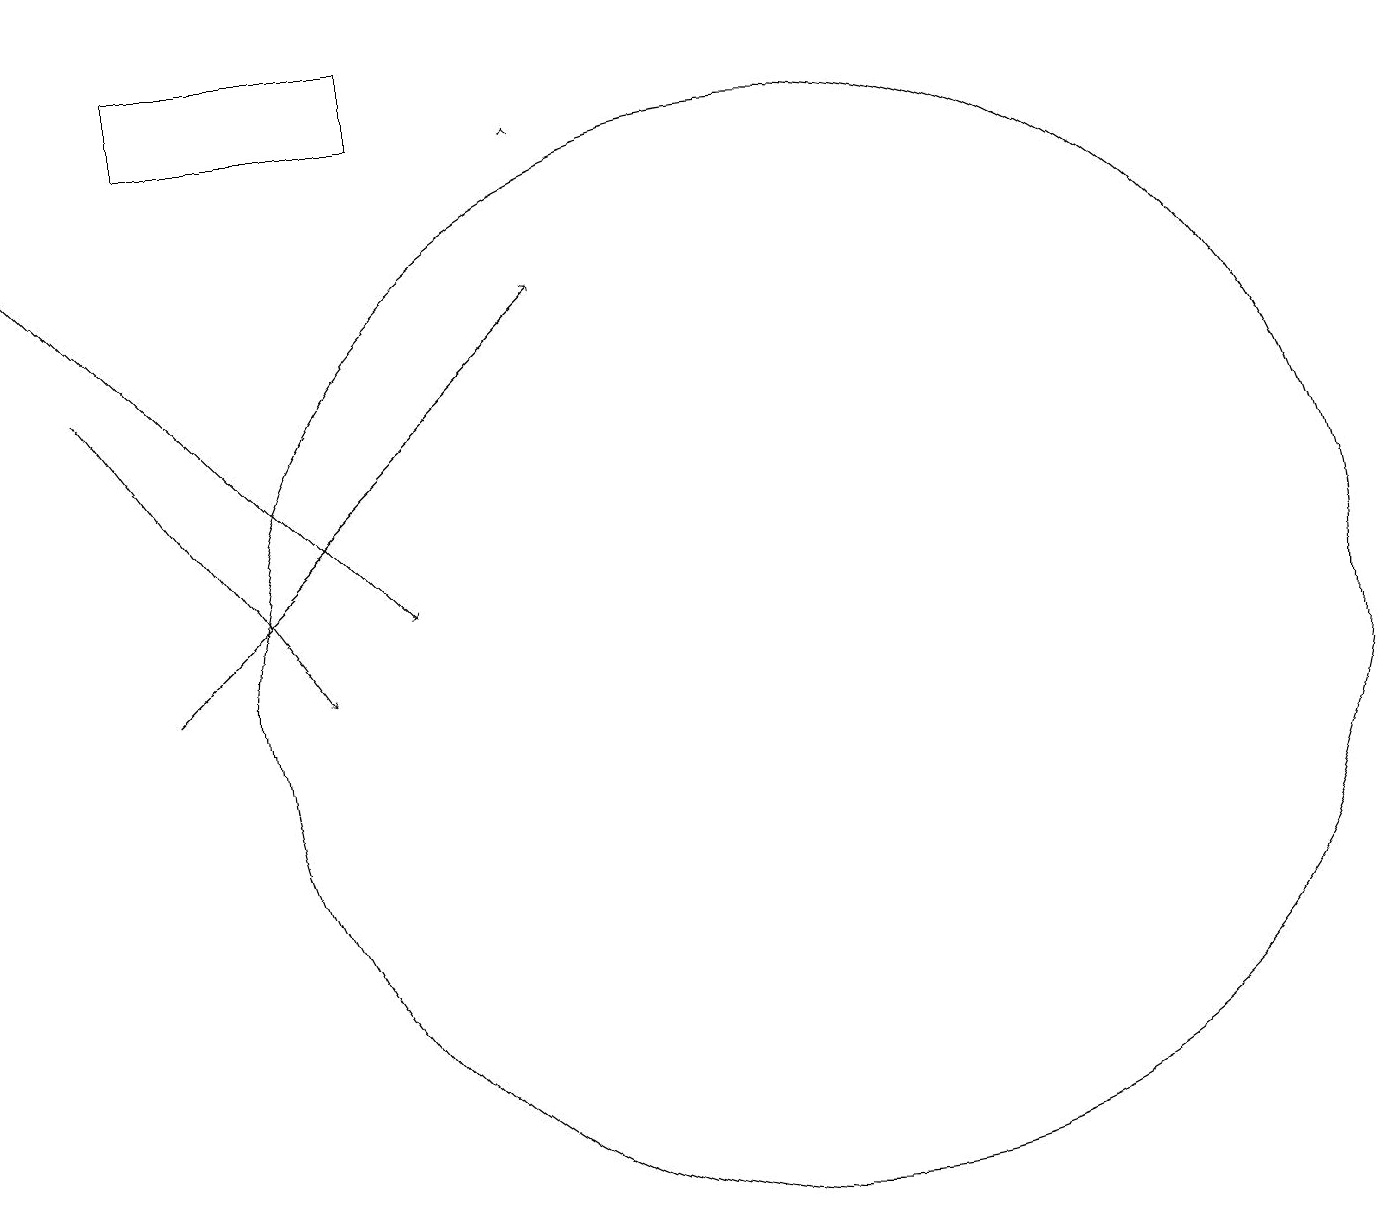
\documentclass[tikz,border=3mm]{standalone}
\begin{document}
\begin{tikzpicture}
\draw[->] (0,16) -- (5,11);
\draw[->] (2,10) -- (7,15);
\draw (2,18) rectangle (5,17);
\draw[->] (7,17) -- (7,17);
\draw (10,10) circle (7);
\draw[->] (1,14) -- (4,10);
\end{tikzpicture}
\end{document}